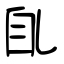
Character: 臫